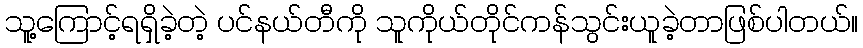
သူ့ကြောင့်ရရှိခဲ့တဲ့ ပင်နယ်တီကို သူကိုယ်တိုင်ကန်သွင်းယူခဲ့တာဖြစ်ပါတယ်။